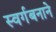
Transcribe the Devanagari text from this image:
स्वर्गबनाने